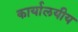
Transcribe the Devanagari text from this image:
कार्यालयीय